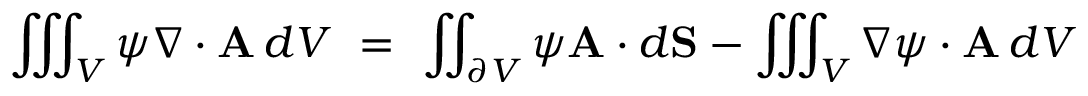
\iiint _ { V } \psi \nabla \cdot \mathbf { A } \, d V \ = \ \iint _ { \partial V } \psi \mathbf { A } \cdot d \mathbf { S } - \iiint _ { V } \nabla \psi \cdot \mathbf { A } \, d V